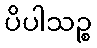
ပိပါသဉ္စ